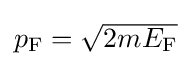
{\textstyle p_{\mathrm {F} }={\sqrt {2mE_{\mathrm {F} }}}}